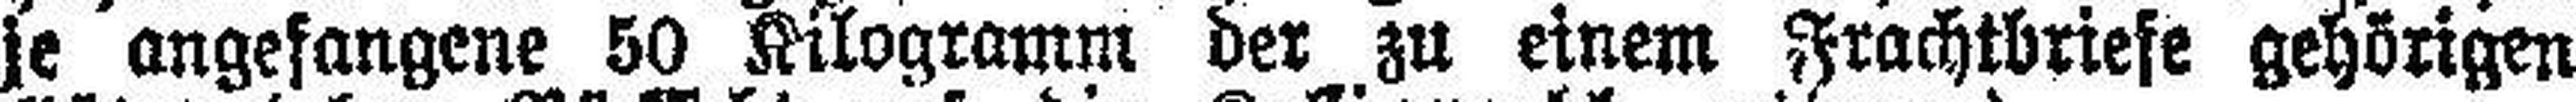
je angefangene 50 Kilogramm der zu einem Frachtbriefe gehörigen